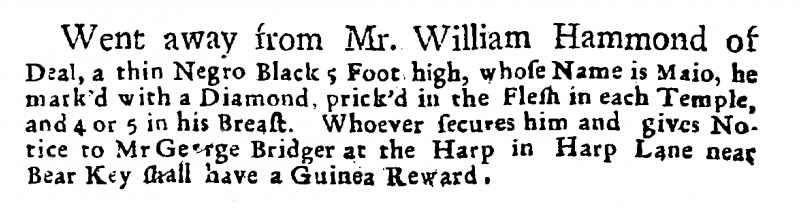
Post Man and the Historical Account, 24 November 1726 (England)
  Went away from Mr. William Hammond of Deal, a thin Negro Black 5 Foot high, whose Name is Maio, he mark’d with a Diamond, prick’d in the Flesh in each Temple, and 4 or 5 in his Breast. Whoever secures him and gives Notice to Mr George Bridger at the Harp in Harp Lane near Bear Key shall have a Guinea Reward.